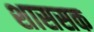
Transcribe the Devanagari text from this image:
शाससक